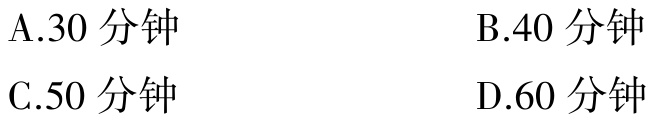
A.30分钟

B.40分钟

C.50分钟

D.60分钟